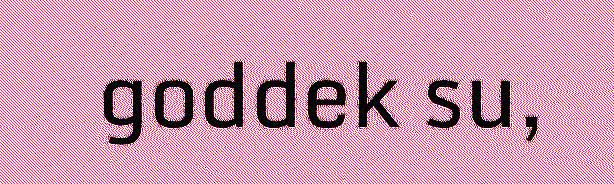
goddek su,